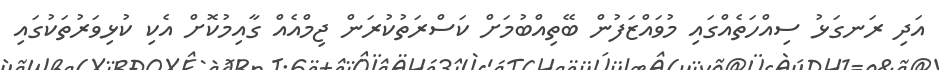
އަދި ރަނގަޅު ސިއްހަތެއްގައި މުވައްޒަފުން ބޭތިއްބުމަށް ކަސްރަތުކުރަން ޖިމްއެއް ގާއިމުކޮށް އެކި ކުޅިވަރުތަކުގައި